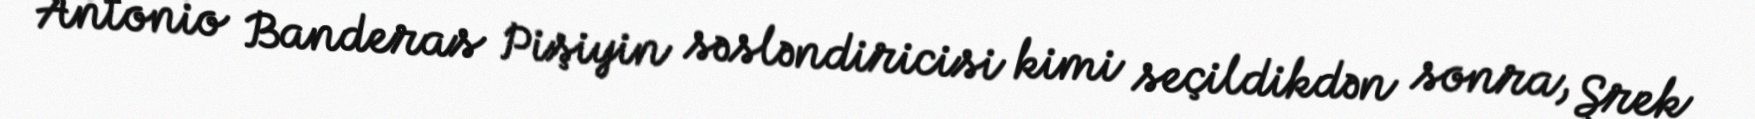
Antonio Banderas Pişiyin səsləndiricisi kimi seçildikdən sonra, Şrek